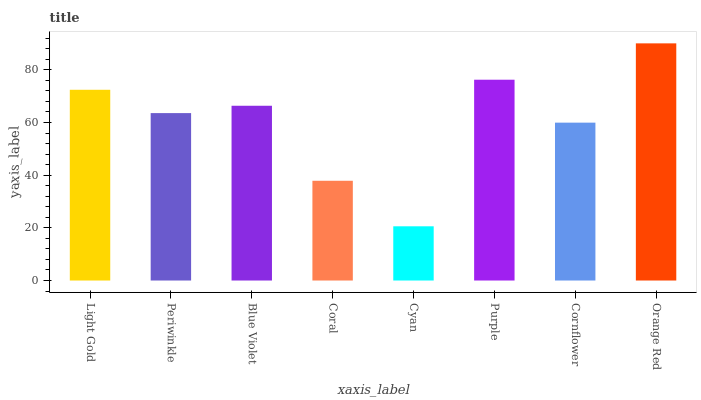
| xaxis_label | bars |
 | --- | --- |
 | Light Gold | 72.4 |
 | Periwinkle | 63.6 |
 | Blue Violet | 66.3 |
 | Coral | 37.9 |
 | Cyan | 20.6 |
 | Purple | 76.2 |
 | Cornflower | 59.9 |
 | Orange Red | 90 |